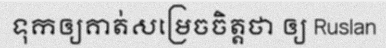
ទុកឲ្យគាត់សម្រេចចិត្តថា ឲ្យ Ruslan